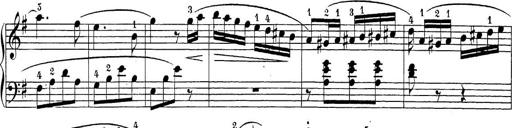
Title: Sonatina Album
Composer: Louis KÃ¶hler